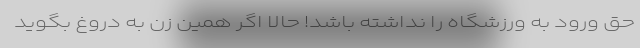
حق ورود به ورزشگاه را نداشته باشد! حالا اگر همین زن به دروغ بگوید